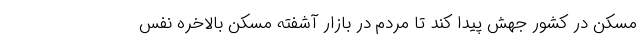
مسکن در کشور جهش پیدا کند تا مردم در بازار آشفته مسکن بالاخره نفس